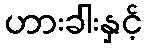
ဟားခါးနှင့်